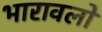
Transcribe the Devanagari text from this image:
भारावलो